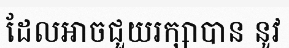
ដែលអាចជួយរក្សាបាន នូវ